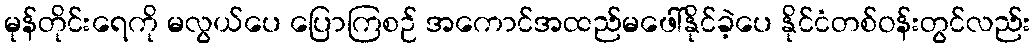
မုန်တိုင်းရေကို မလွယ်ပေ ပြောကြစဉ် အကောင်အထည်မဖေါ်နိုင်ခဲ့ပေ နိုင်ငံတစ်ဝန်းတွင်လည်း